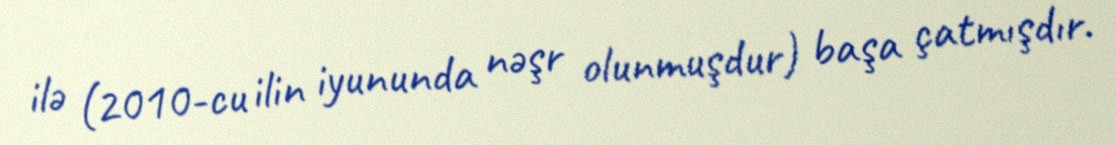
ilə (2010-cu ilin iyununda nəşr olunmuşdur) başa çatmışdır.